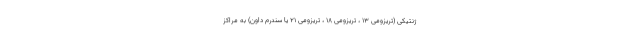
ژنتیکی (تریزومی ۱۳ ، تریزومی ۱۸ ، تریزومی ۲۱ یا سندرم داون) به مراکز